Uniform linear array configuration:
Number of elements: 64
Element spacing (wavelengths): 1
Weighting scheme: cosine
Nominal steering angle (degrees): -45
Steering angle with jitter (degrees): -46.644
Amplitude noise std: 0.05
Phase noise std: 0.05

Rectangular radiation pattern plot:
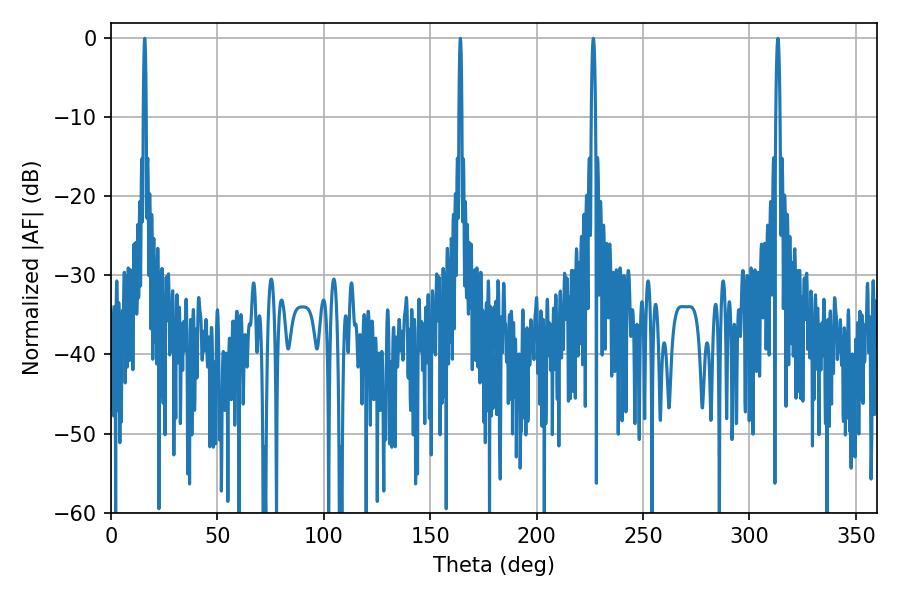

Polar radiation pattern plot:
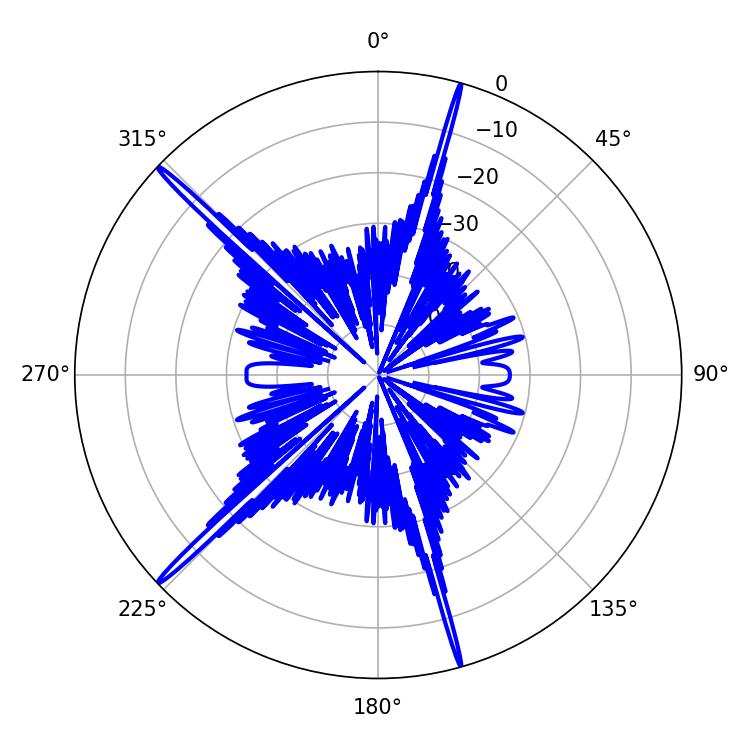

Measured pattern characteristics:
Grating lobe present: TRUE
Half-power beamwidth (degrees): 0.72
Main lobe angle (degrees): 15.84